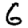
Digit: 6